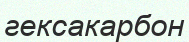
гексакарбон